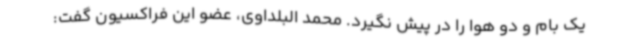
یک بام و دو هوا را در پیش نگیرد. محمد البلداوی، عضو این فراکسیون گفت: